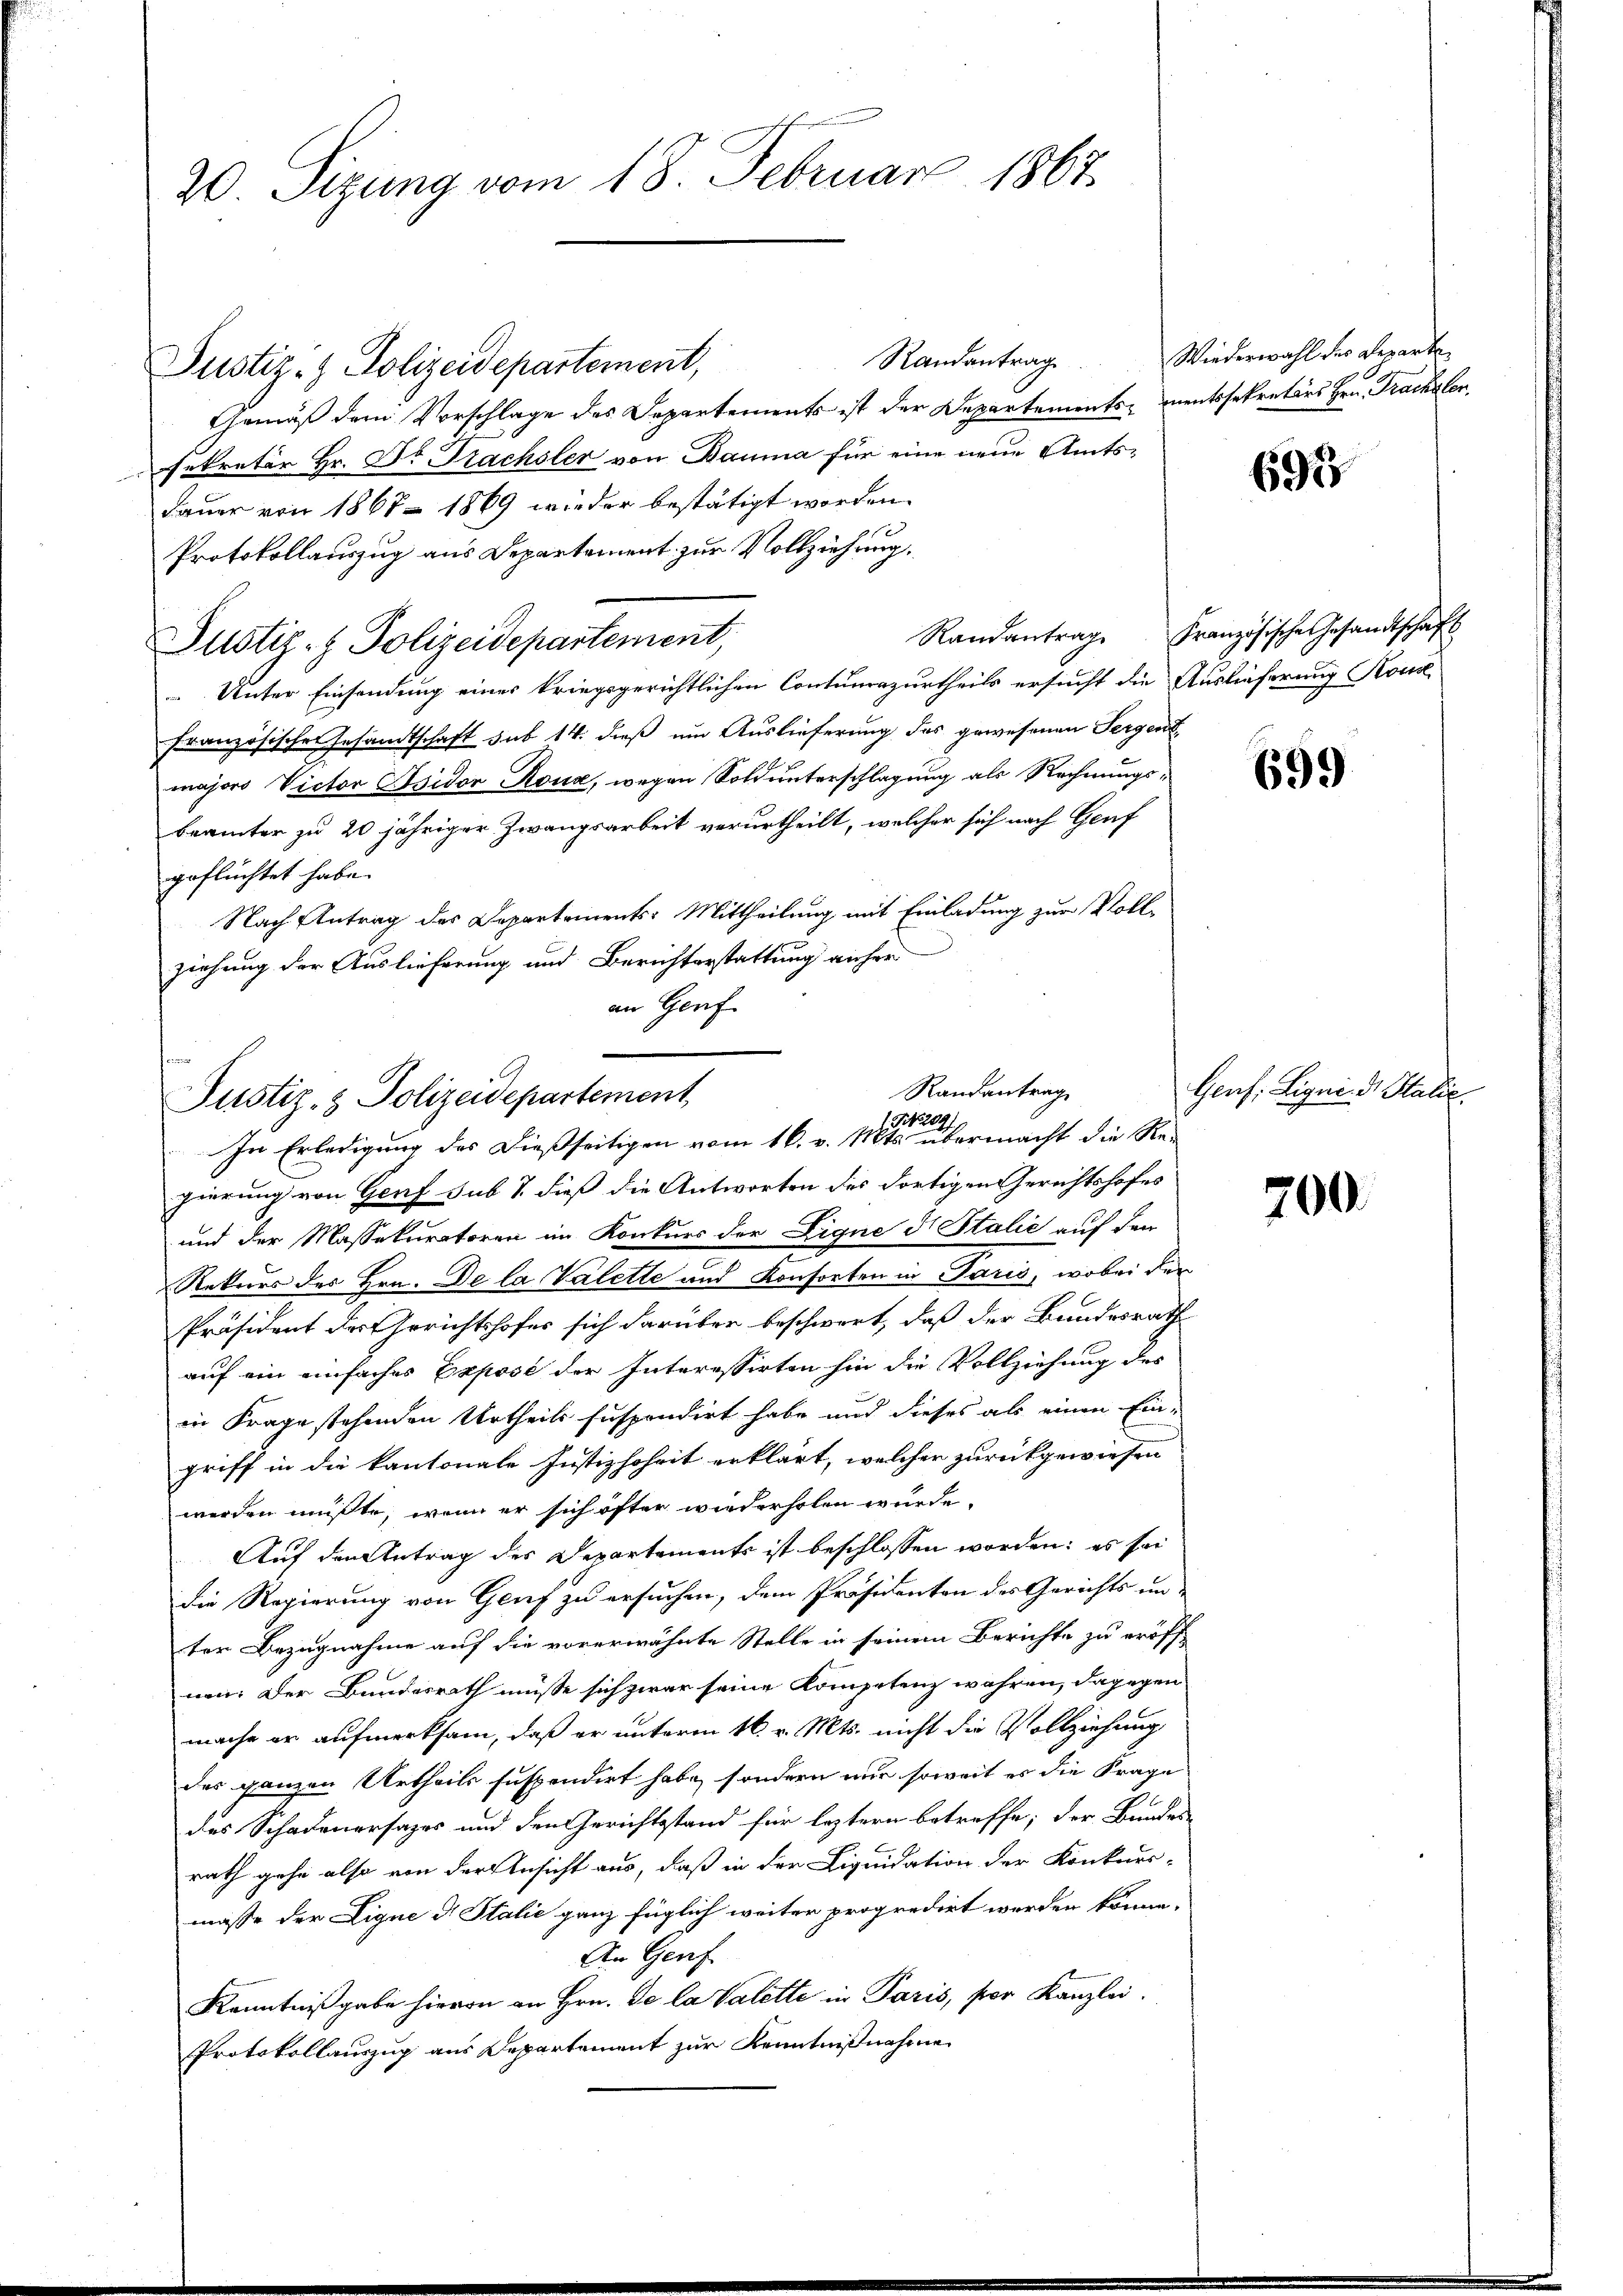
20. Sizung vom 18. Februar 1867.

Randantrag
Justiz- & Polizeidepartement,
Gemäß dem Vorschlage des Departements ist der Departements mentssekretärs Hrn. Prachsler.
sekretär Hr. Dr Trachsler von Bauma für eine neue Amts¬
Dauer von 1867 - 1869 wieder bestätigt worden.
Protokollauszug aus Departement zur Vollziehung,
Justiz- & Polizeidepartement,
Unter Einsendung einer kriegsgerichtlichen Contumazurtheils ersucht die Auslieferung Kon
französischen Gesandtschaft sub 14. dieß um Auslieferung des gewesenen Sergent
majors Victor Osidor Roua, wegen Sold unterschlagung als Rechnungsbeämter zu 20 jähriger Zwangsarbeit verurtheilt, welcher sich nach Genf
geflüchtet habe.
Nach Antrag des Departements: Mittheilung, mit Einladung zur Vollziehung der Auslieferung und Berichterstattung anher
an Genf

Randantrag
Justiz- & Polizeidepartement,
3420.
In Erledigung des dießseitigen vom 16. v. Mts. übermacht die Re¬

gierung von Genf sub T. dieß die Antworten des dortigen Gerichtshofes
und der Massekuratoren im Konkurs der Eigne d. Stalić auf den
Rekurs des Hrn. De la Valette und Konsorten in Paris, wobei der
Präsident der Gerichtshofes sich darüber beschwert, daß der Bundesrath
auf ein einfaches Exposé der Interessirten hin die Vollziehung des
in Frage stehenden Urtheils suspendirt habe und dieses als einen Ein-
griff in die kantonale Justizhoheit erklärt, welcher zurückgewiesen
werden müßte, wenn er sich öfter wiederholen wurde.
Auf den Antrag des Departements ist beschlossen worden; es sei
die Regierung von Genf zu ersuchen, dem Präsidenton des Gerichts un
ter Bezugnahme auf die vorerwähnte Stelle in seinem Berichte zu eröff
nen: Der Bundesrath müsse sich zwar seine Kompetenz wahren, dagegen
mache er aufmerksam, daß er unterm 16. v. Mts. nicht die Vollziehung
des ganzen Urtheils suspendirt habe, sondern nur soweit es die Frage
des Schadenersages und den Gerichtsstand für leztern betreffe; der Bundes-
rath gehe also von der Ansicht aus, daß in der Liquidation der Konkurs-
masse der Lique d Italić ganz füglich weiter propredirt werden könne.
An Genf
Kenntnißgabe hievon an Hrn. De la Valette in Paris, per Kanzlei.
Protokollauszug aus Departement zur Kenntnißnahme

Wiederwahl des Reparte

697

Randantrage Französische Gesandtschaft

699

Genf: Ligne ds Italie

700.